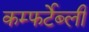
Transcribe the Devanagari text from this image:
कम्फर्टेब्ली